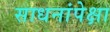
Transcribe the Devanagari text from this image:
साधनांपेक्षा